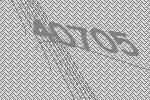
40705